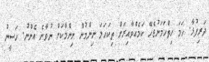
ދަރިފުޅާ. ހަމަ ހިތްހަމަނުޖެހޭ ކަމެއްވާއިރަށް ތިކަހަލަ ނިންމުން ނިންމާކަށް ނުވާނެ އެންނު. ހަސީނު